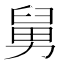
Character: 舅